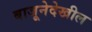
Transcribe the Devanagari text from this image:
बाजूनेदेखील